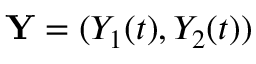
{ \bf Y } = ( Y _ { 1 } ( t ) , Y _ { 2 } ( t ) )